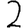
Digit: 2